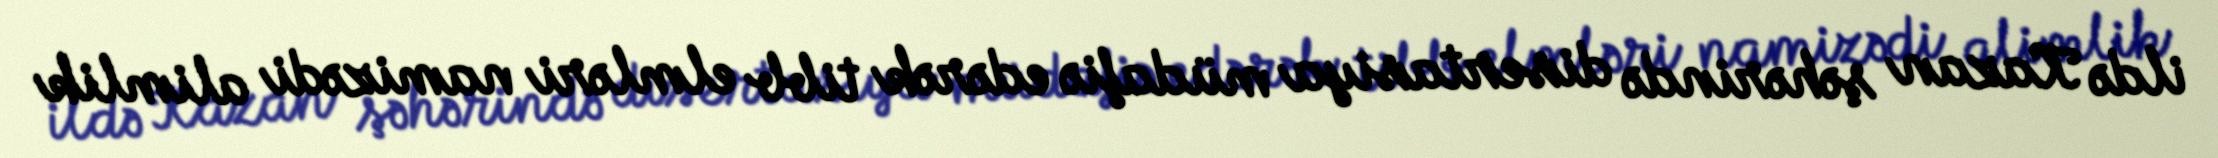
ildə Kazan şəhərində disertasiya müdafiə edərək tibb elmləri namizədi alimlik